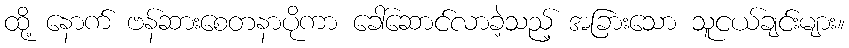
ထို့ နောက် ဗန်ဆားစေတနာပိုကာ ခေါ်ဆောင်လာခဲ့သည့် အခြားသော သူငယ်ချင်းများ။